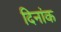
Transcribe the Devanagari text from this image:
दिनांक